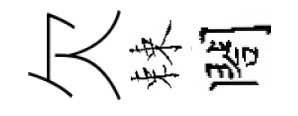
欠棘閤